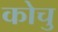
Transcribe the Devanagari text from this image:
कोचु